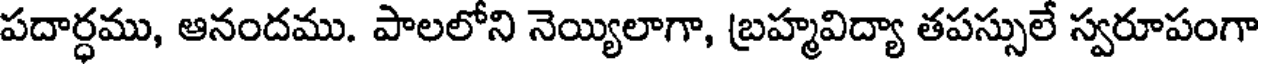
పదార్ధము, ఆనందము. పాలలోని నెయ్యిలాగా, బ్రహ్మవిద్యా తపస్సులే స్వరూపంగా